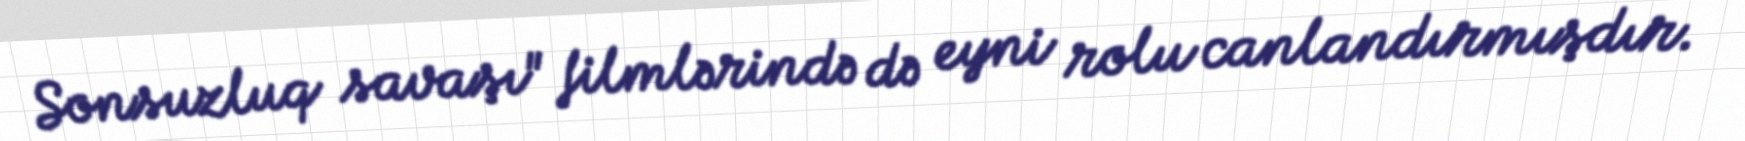
Sonsuzluq savaşı" filmlərində də eyni rolu canlandırmışdır.